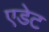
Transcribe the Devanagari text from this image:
एडेट